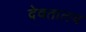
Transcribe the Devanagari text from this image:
देवतालय